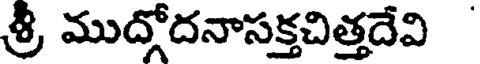
శ్రీ ముదోదనాసక్తచిత్తదేవి